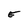
Character: E